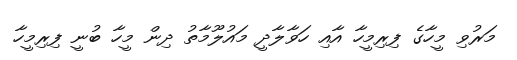
މަރުވި މީހާގެ ފިރިމީހާ އާއި ހަވާލާދީ މައުލޫމާތު ދިން މީހާ ބުނީ ފިރިމީހާ